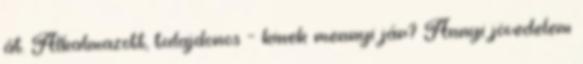
át. Alkalmazott, tulajdonos - kinek mennyi jár? Annyi jövedelem